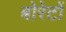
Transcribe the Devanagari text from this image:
बोरेटों